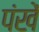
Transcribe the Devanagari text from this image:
पंखें